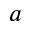
a